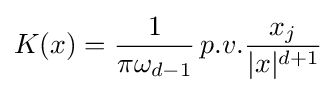
K(x)={\frac {1}{\pi \omega _{d-1}}}\,p.v.{\frac {x_{j}}{|x|^{d+1}}}